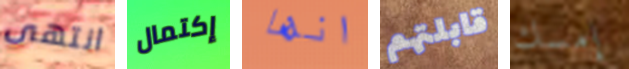
انتهى إكتمال انها قابلتهم إمسك